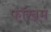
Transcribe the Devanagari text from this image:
फॉखम